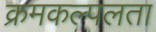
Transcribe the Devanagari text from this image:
क्रमकल्पलता